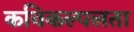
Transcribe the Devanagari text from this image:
कविकल्पलता